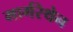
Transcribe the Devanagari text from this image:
मार्गरेथेन